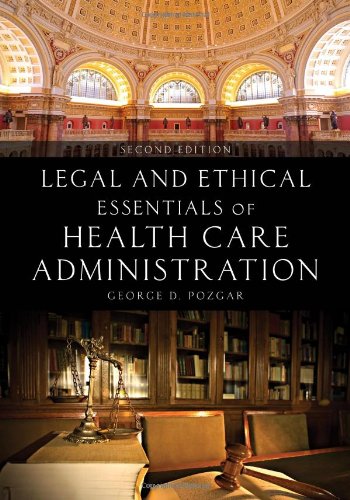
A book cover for Legal And Ethical Essentials Of Health Care Administration; George D. Pozgar; Medical Books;